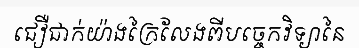
ជឿជាក់យ៉ាងក្រៃលែងពីបច្ចេកវិទ្យានៃ